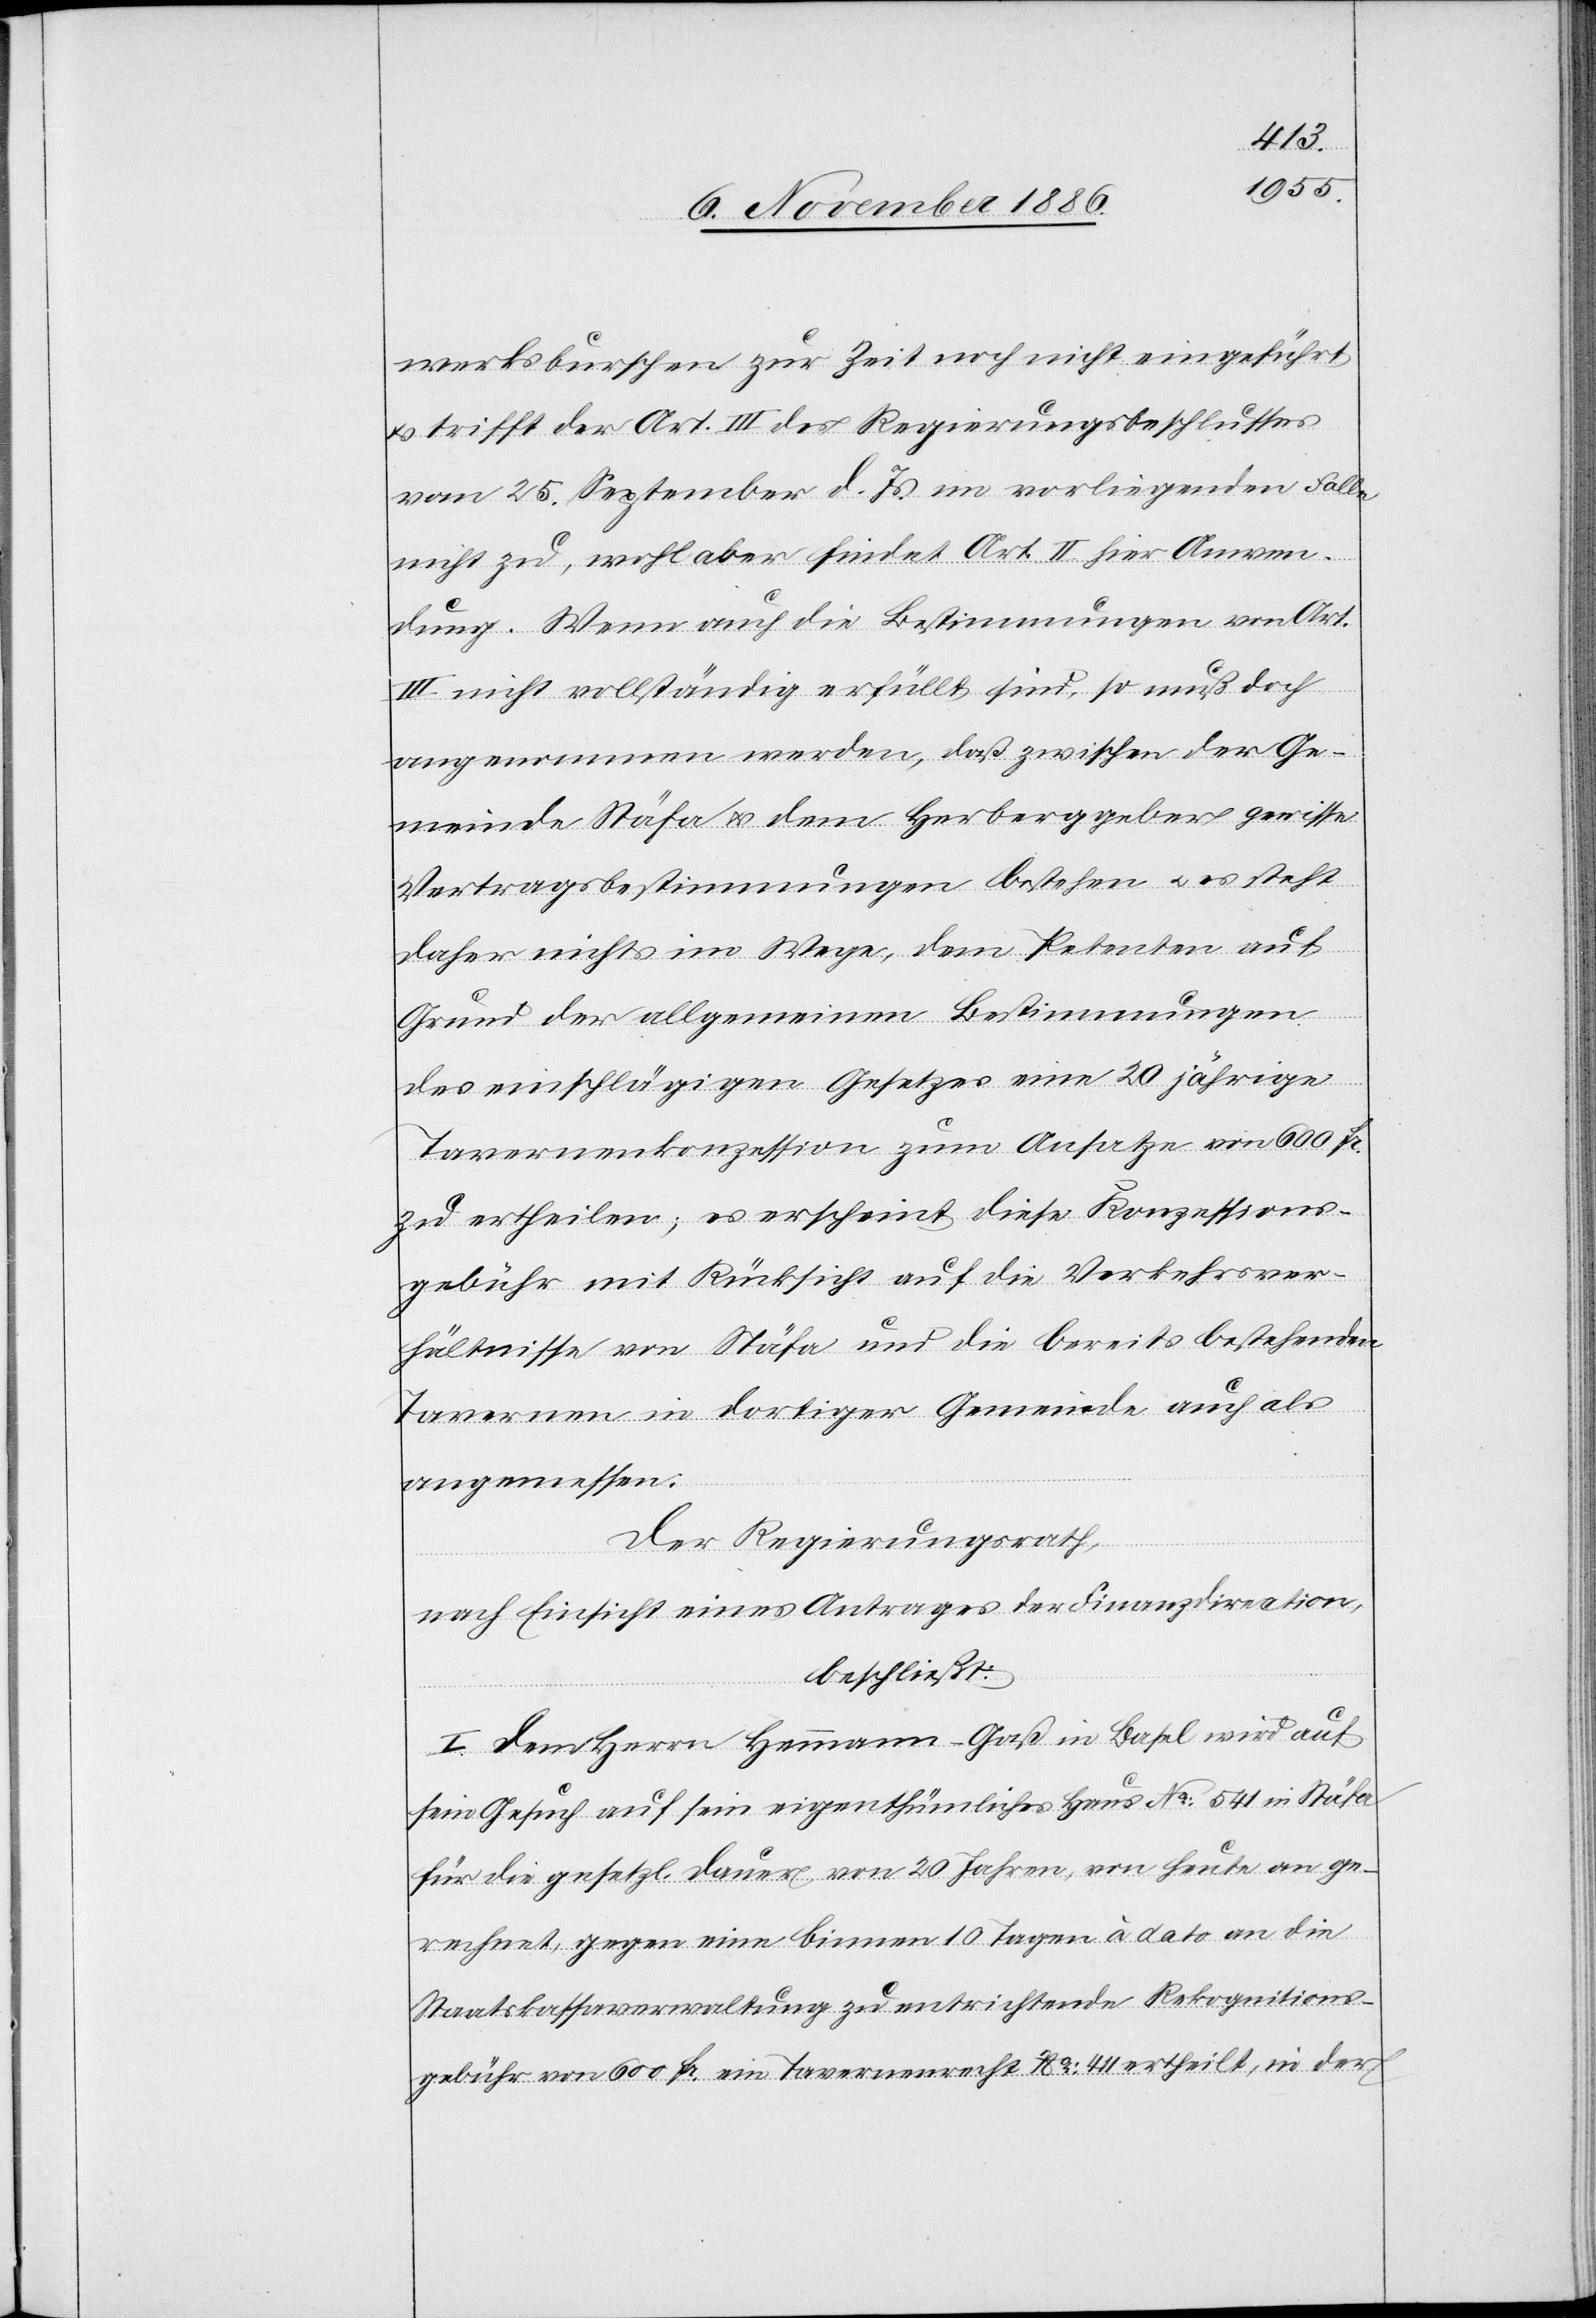
werksburschen zur Zeit noch nicht eingeführt
trifft der Art. III des Regierungsbeschlusses
vom 25. September d. Js. im vorliegenden Falle
nicht zu, wohl aber findet Art. II hier Anwen¬
dung. Wenn auch die Bestimmungen von Art.
III nicht vollständig erfüllt sind, so muß doch
angenommen werden, daß zwischen der Ge¬
meinde Stäfa & dem Herberggeber gewisse
Vertragsbestimmungen bestehen & es steht
daher nichts im Wege, dem Petenten auf
Grund der allgemeinen Bestimmungen
des einschlägigen Gesetzes eine 20jährige
Tavernenkonzession zum Ansatze von 600 Fr.
zu ertheilen; es erscheint diese Konzessions¬
gebühr mit Rücksicht auf die Verkehrsver¬
hältnisse von Stäfa und die bereits bestehenden
Tavernen in dortiger Gemeinde auch als
angemessen.
Der Regierungsrath,
nach Einsicht eines Antrages der Finanzdirection,
beschließt:
I. Dem Herrn Hemmann-Gaß in Basel wird auf
sein Gesuch auf sein eigenthümliches Haus No: 541 in Stäfa
für die gesetzl. Dauer von 20 Jahren, von heute an ge¬
rechnet, gegen eine binnen 10 Tagen à dato an die
Staatskassaverwaltung zu entrichtende Rekognitions¬
gebühr von 600 Fr. ein Tavernenrecht No: 411 ertheilt, in der